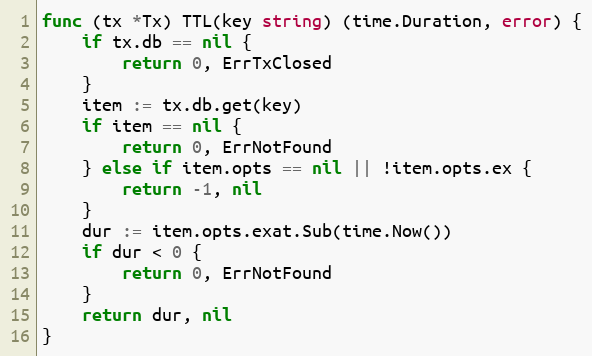
Language: Go
func (tx *Tx) TTL(key string) (time.Duration, error) {
	if tx.db == nil {
		return 0, ErrTxClosed
	}
	item := tx.db.get(key)
	if item == nil {
		return 0, ErrNotFound
	} else if item.opts == nil || !item.opts.ex {
		return -1, nil
	}
	dur := item.opts.exat.Sub(time.Now())
	if dur < 0 {
		return 0, ErrNotFound
	}
	return dur, nil
}